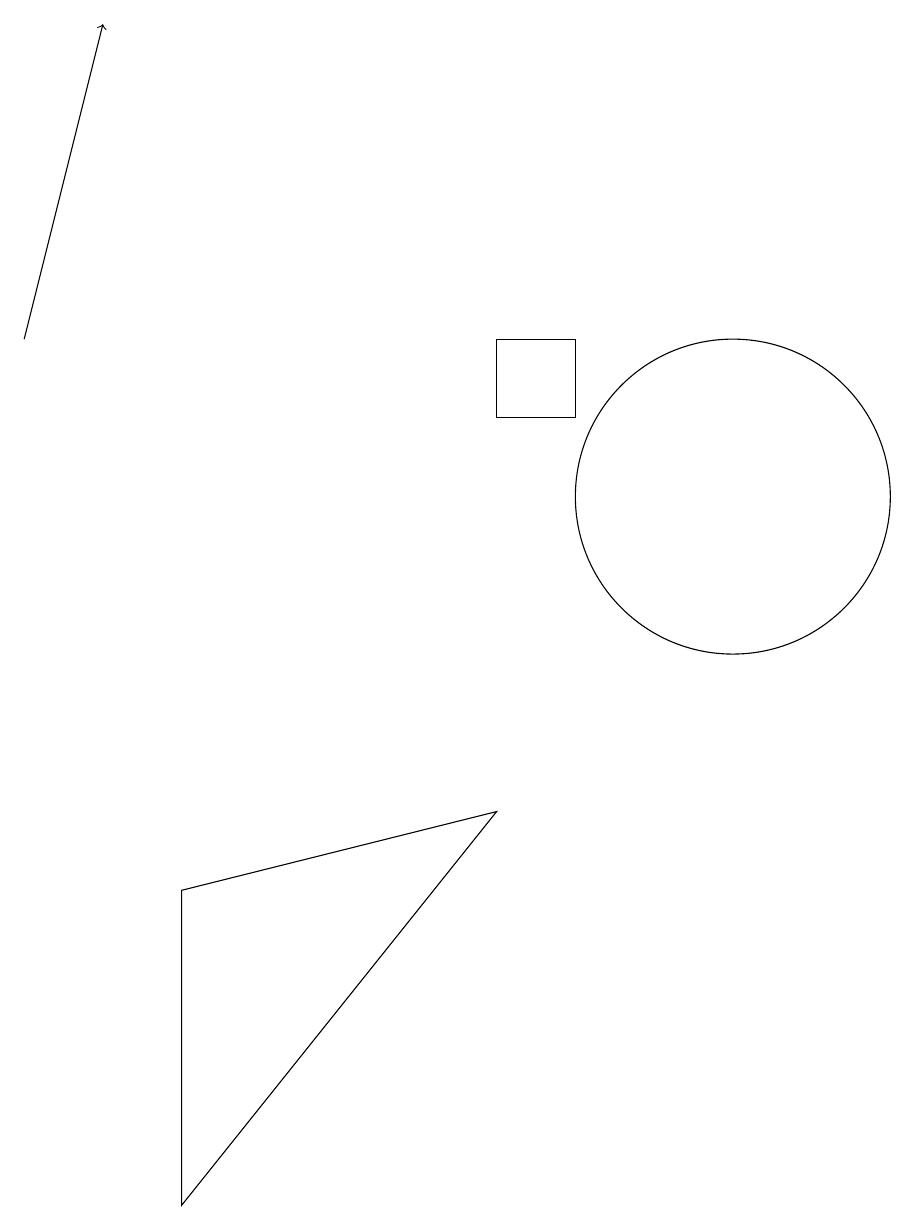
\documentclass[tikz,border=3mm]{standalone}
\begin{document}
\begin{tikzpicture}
\draw[->] (1,14) -- (2,18);
\draw (10,12) circle (2);
\draw (3,7) -- (7,8) -- (3,3) -- cycle;
\draw (7,13) rectangle (8,14);
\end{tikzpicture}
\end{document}